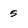
Character: 5